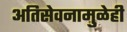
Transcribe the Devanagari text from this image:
अतिसेवनामुळेही